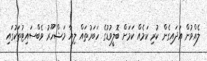
ލެއްވުން އަދައިގެން ކުރި ކަމެއް ކަމަށް ބޮލީވުޑުގެ ހަބަރުތައް ލިޔާ މަޝްހޫރު ވެބްސައިޓުތަކުގައި